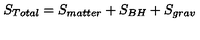
S _ { T o t a l } = S _ { m a t t e r } + S _ { B H } + S _ { g r a v }